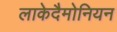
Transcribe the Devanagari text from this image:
लाकेदैमोनियन